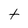
Character: t